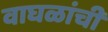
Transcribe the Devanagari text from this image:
वाघळांची